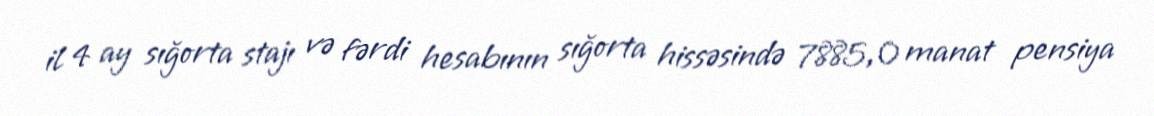
il 4 ay sığorta stajı və fərdi hesabının sığorta hissəsində 7885,0 manat pensiya